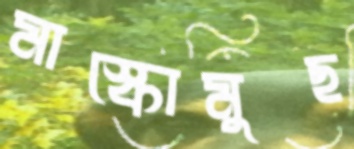
মাস্কোমুছ